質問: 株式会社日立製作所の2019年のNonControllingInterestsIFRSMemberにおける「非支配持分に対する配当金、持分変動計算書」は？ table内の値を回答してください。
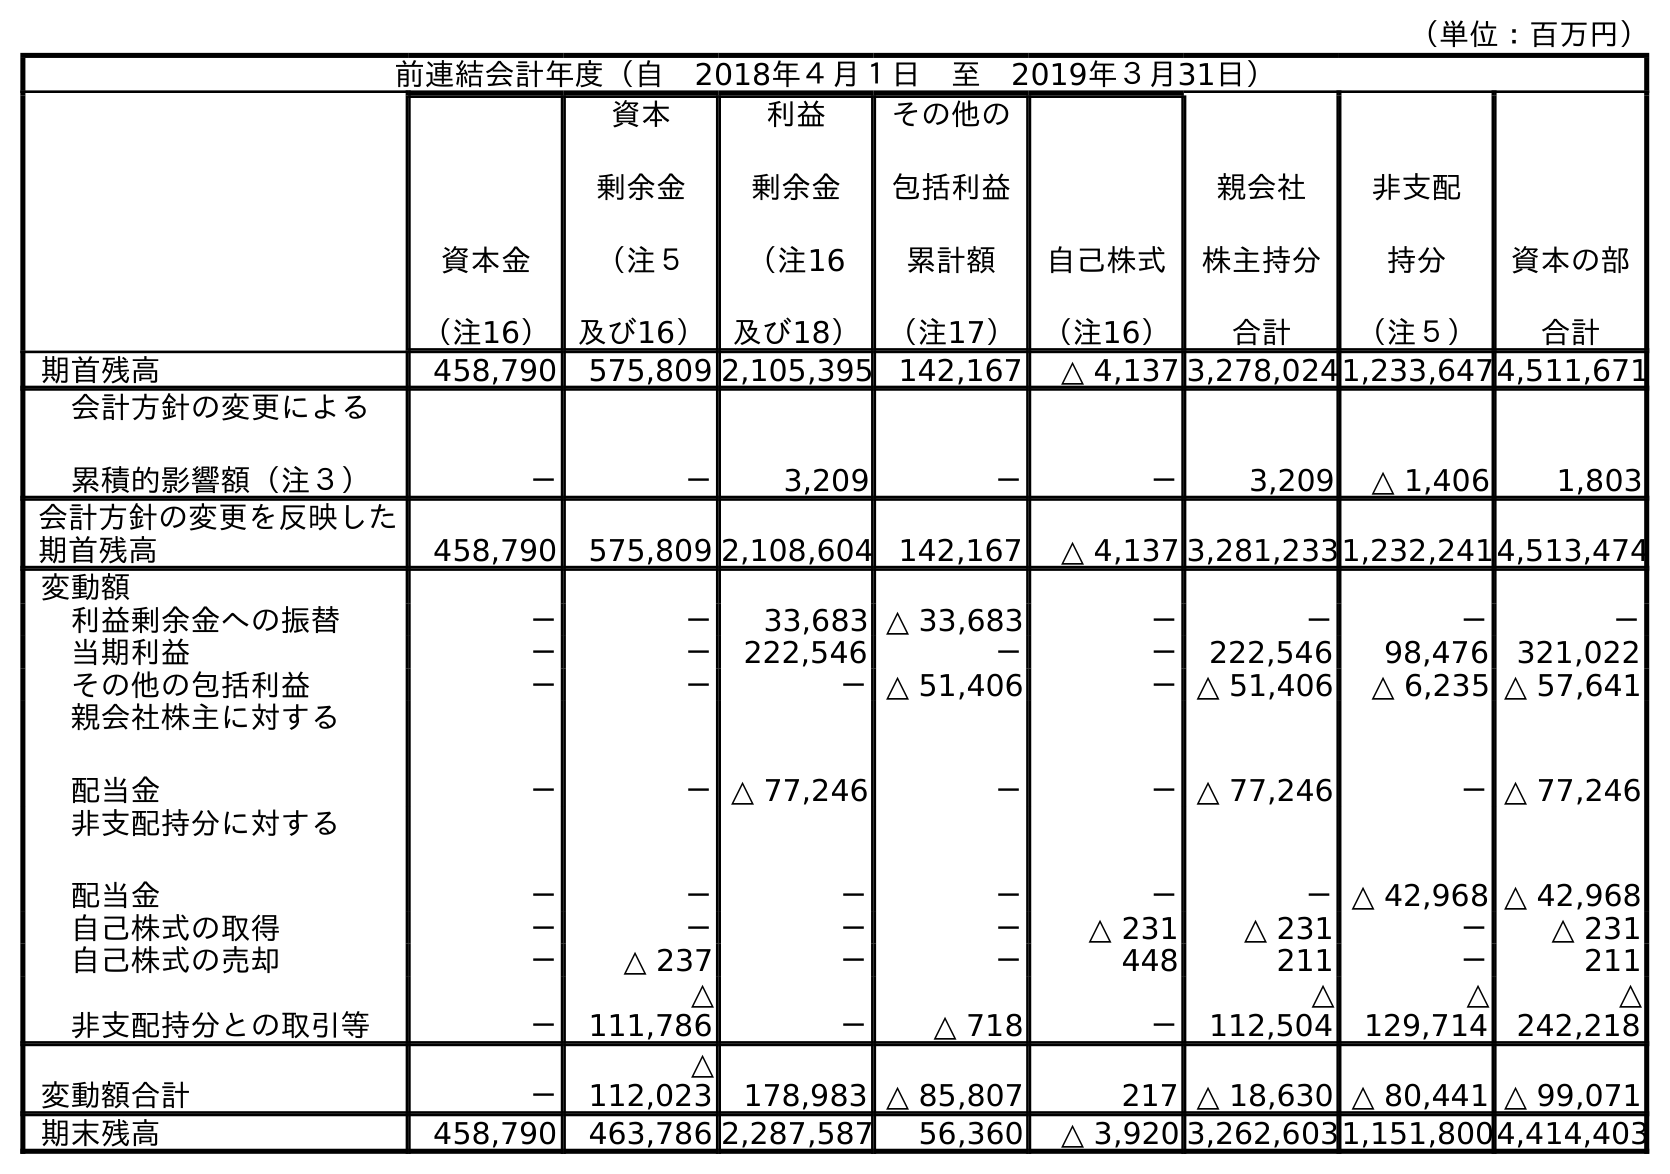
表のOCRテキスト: （単位：百万円） 前連結会計年度（自 2018年４月１日 至 2019年３月31日） 資本金 （注16） 資本 剰余金 （注５ 及び16） 利益 剰余金 （注16 及び18） その他の 包括利益 累計額 （注17） 自己株式 （注16） 親会社 株主持分 合計 非支配 持分 （注５） 資本の部 合計 期首残高 458,790 575,809 2,105,395 142,167 △ 4,137 3,278,0241,233,6474,511,671 会計方針の変更による 累積的影響額（注３） － － 3,209 － － 3,209 △ 1,406 1,803 会計方針の変更を反映した 期首残高 458,790 575,809 2,108,604 142,167 △ 4,137 3,281,2331,232,2414,513,474 変動額 利益剰余金への振替 － － 33,683 △ 33,683 － － － － 当期利益 － － 222,546 － － 222,546 98,476 321,022 その他の包括利益 － － －△ 51,406 －△ 51,406 △ 6,235 △ 57,641 親会社株主に対する 配当金 － －△ 77,246 － －△ 77,246 －△ 77,246 非支配持分に対する 配当金 － － － － － －△ 42,968 △ 42,968 自己株式の取得 － － － － △ 231 △ 231 － △ 231 自己株式の売却 － △ 237 － － 448 211 － 211 非支配持分との取引等 － △ 111,786 － △ 718 － △ 112,504 △ 129,714 △ 242,218 変動額合計 － △ 112,023 178,983 △ 85,807 217 △ 18,630 △ 80,441 △ 99,071 期末残高 458,790 463,786 2,287,587 56,360 △ 3,920 3,262,6031,151,8004,414,403
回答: △42,968